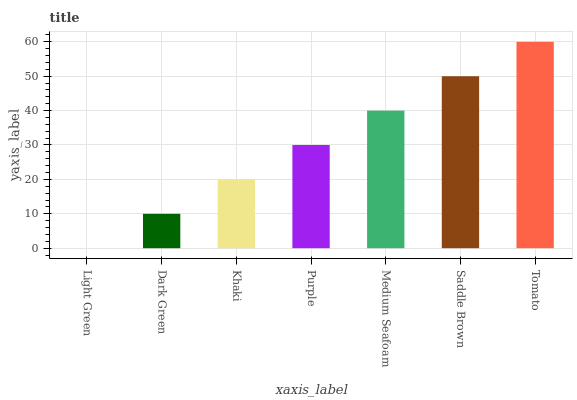
| xaxis_label | bars |
 | --- | --- |
 | Light Green | 0 |
 | Dark Green | 9.99 |
 | Khaki | 20 |
 | Purple | 30 |
 | Medium Seafoam | 40 |
 | Saddle Brown | 50 |
 | Tomato | 60 |